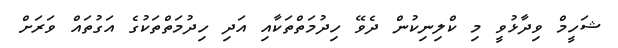
ޝަހީމް ވިދާޅުވީ މި ކްލިނިކުން ދެވޭ ހިދުމަތްތަކާއި އަދި ހިދުމަތްތަކުގެ އަގުތައް ވަރަށް